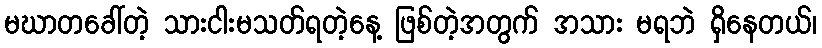
မဃာတခေါ်တဲ့ သားငါးမသတ်ရတဲ့နေ့ ဖြစ်တဲ့အတွက် အသား မရဘဲ ရှိနေတယ်၊